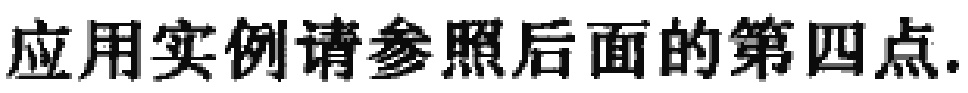
应用实例请参照后面的第四点.